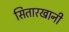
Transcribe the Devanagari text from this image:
सितारखानी